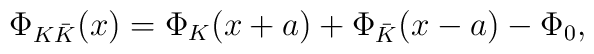
\Phi_{K\bar{K}}(x) = \Phi_K(x+a) + \Phi_{\bar{K}}(x-a) - \Phi_0,